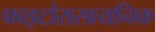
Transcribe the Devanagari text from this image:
फाइटोरासायनिक